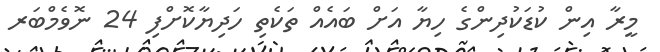
މީރާ އިން ކުޑަކުދިންގެ ހިޔާ އަށް ބައެއް ތަކެތި ހަދިޔާކޮށްފި 24 ނޮވެމްބަރ